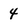
Character: 4